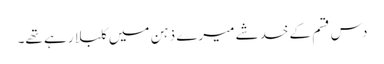
دس قسم کے خدشے میرے ذہن میں کلبلا رہے تھے۔